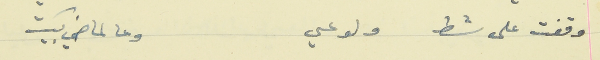
وقفت على شط ولوعي                                      وعالماضي بكيت